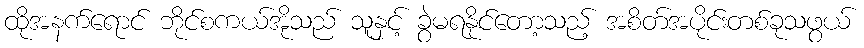
ထိုအနက်ရောင် ဘိုင်စကယ်အိုသည် သူနှင့် ခွဲမရနိုင်တော့သည့် အစိတ်အပိုင်းတစ်ခုသဖွယ်